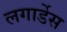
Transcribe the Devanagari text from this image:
लगार्डेस